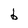
Character: b